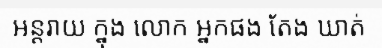
អន្តរាយ ក្នុង លោក អ្នកផង តែង ឃាត់